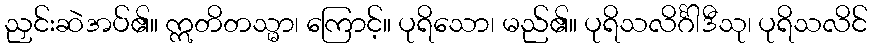
ညှင်းဆဲအပ်၏။ ဣတိတသ္မာ၊ ကြောင့်။ ပုရိသော၊ မည်၏။ ပုရိသလိင်္ဂါဒီသု၊ ပုရိသလိင်